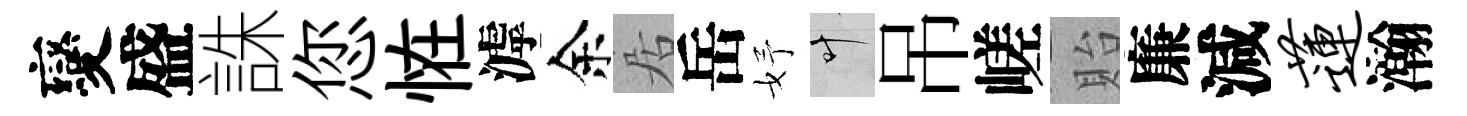
變盛誅您恠滹余居岳妤叶吊嵯貽廉減莲瀚